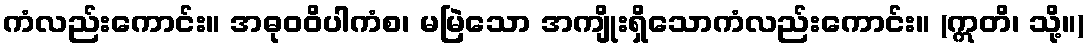
ကံလည်းကောင်း။ အဓုဝဝိပါကံစ၊ မမြဲသော အကျိုးရှိသောကံလည်းကောင်း။ (ဣတိ၊ သို့။)